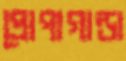
প্রোপাগান্ডা